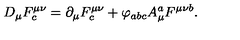
D _ { \mu } F _ { c } ^ { \mu \nu } = \partial _ { \mu } F _ { c } ^ { \mu \nu } + \varphi _ { a b c } A _ { \mu } ^ { a } F ^ { \mu \nu b } .